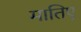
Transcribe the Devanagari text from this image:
मातिए